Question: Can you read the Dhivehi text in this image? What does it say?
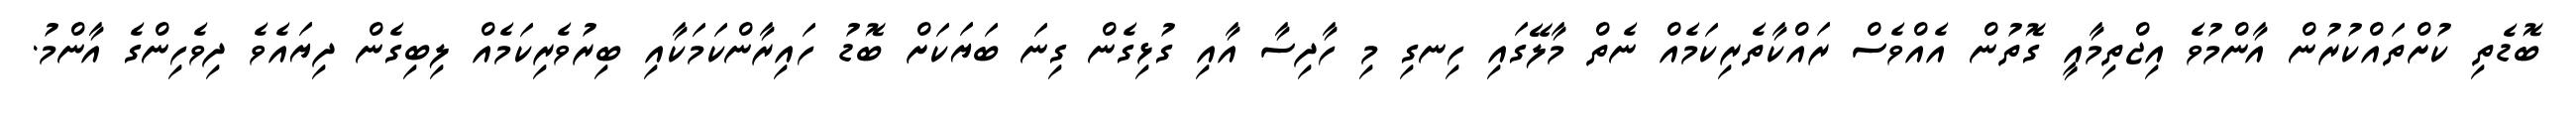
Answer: ބޮޑެތި ކުށްތައްކުރުން އާންމުވެ އިޖްތިމާއީ ގޮތުން އެއްވެސް ރައްކާތެރިކަމެއް ނެތް މާލޭގައި ހިނގި މި ހާދިސާ އާއި ގުޅިގެން ގިނަ ބަޔަކަށް ބޮޑު ހައިރާންކަމަކާއި ބިރުވެރިކަމެއް ލިބިގެން ދިޔައެވެ ދިވެހިންގެ އާންމު.